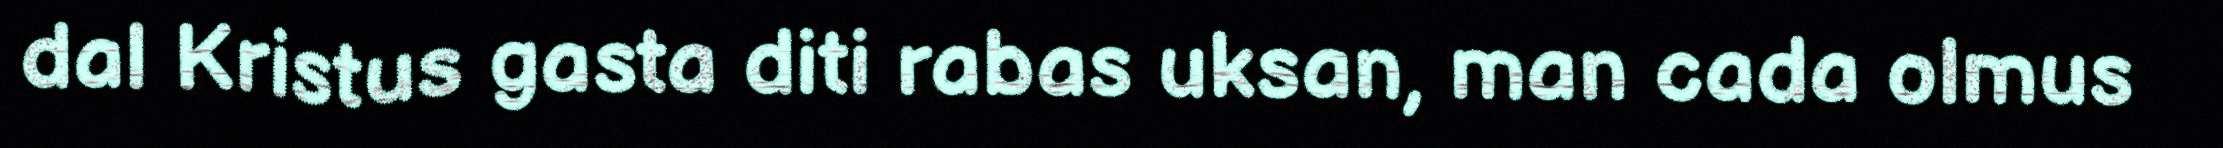
dal Kristus gasta diti rabas uksan, man cada olmus